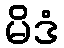
မိဒံ